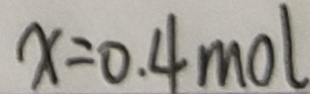
x = 0 . 4 m o l